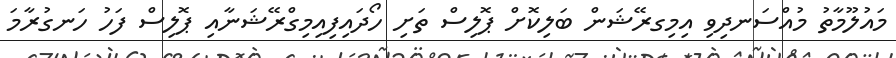
މައުލޫމާތު މުއްސަނދިވި އިމިގރޭޝަން ބަލިކޮށް ޕޮލިސް ތަށި ހޯދައިފިއިމިގްރޭޝަނާއި ޕޮލިސް ފަހު ހަނގުރާމަ